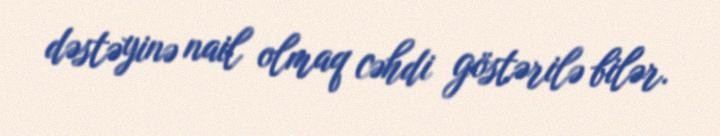
dəstəyinə nail olmaq cəhdi göstərilə bilər.